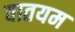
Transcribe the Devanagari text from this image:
वातयम